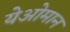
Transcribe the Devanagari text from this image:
येओमान